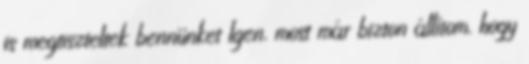
is megtiszteltek bennünket Igen, most már bizton állítom, hogy